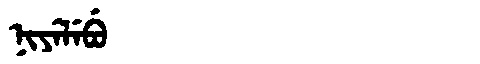
Manchu: ᠨᡳᠶᡝᠯᡝᠪᡠ
Romanization: NIYELEBU